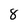
Character: 8